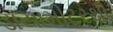
ડાયામીટરથી